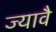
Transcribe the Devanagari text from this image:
ज्यावै